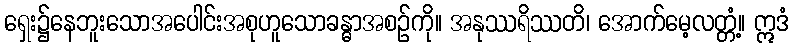
ရှေး၌နေဘူးသောအပေါင်းအစုဟူသောခန္ဓာအစဉ်ကို။ အနုဿရိဿတိ၊ အောက်မေ့လတ္တံ့။ ဣဒံ